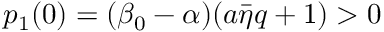
p _ { 1 } ( 0 ) = ( \beta _ { 0 } - { \alpha } ) ( a \bar { \eta } q + 1 ) > 0